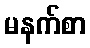
မနက်စာ